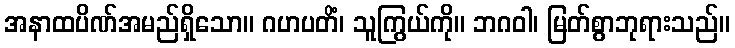
အနာထပိဏ်အမည်ရှိသော။ ဂဟပတိံ၊ သူကြွယ်ကို။ ဘဂဝါ၊ မြတ်စွာဘုရားသည်။